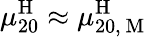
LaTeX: \mu_{20}^{\mathrm{H}}\approx\mu_{20,\mathrm{~M~}}^{\mathrm{H}}